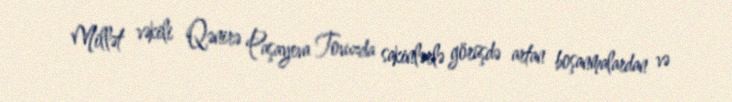
Millət vəkili Qənirə Paşayeva Tovuzda sakinlərlə görüşdə artan boşanmalardan və